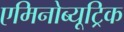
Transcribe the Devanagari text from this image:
एमिनोब्यूट्रिक